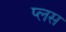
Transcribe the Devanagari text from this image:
प्‍लस